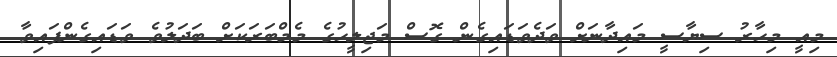
މިއީ މިހާރު ސިޔާސީ މައިދާނަށް ވަދެވަޑައިގެން ގޮސް މަޖިލީހުގެ މެމްބަރަކަށް ބަދަލުވެ ވަޑައިގެންފައިވާ